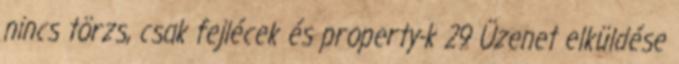
nincs törzs, csak fejlécek és property-k 29 Üzenet elküldése